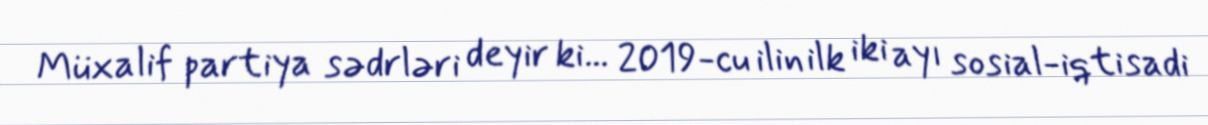
Müxalif partiya sədrləri deyir ki... 2019-cu ilin ilk iki ayı sosial-iqtisadi